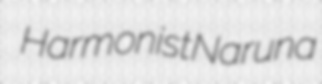
Harmonist Naruna